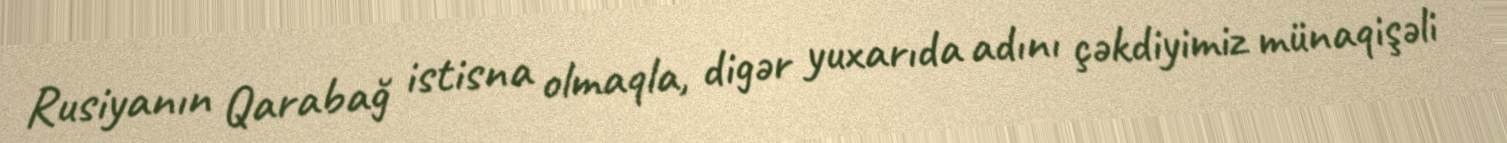
Rusiyanın Qarabağ istisna olmaqla, digər yuxarıda adını çəkdiyimiz münaqişəli